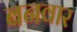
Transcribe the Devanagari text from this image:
बनवार